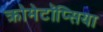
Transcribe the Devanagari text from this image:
क्रोमेटॉप्सिया